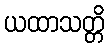
ယထာသတ္တိ